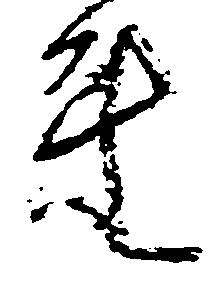
連